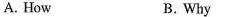
A. How B.Why